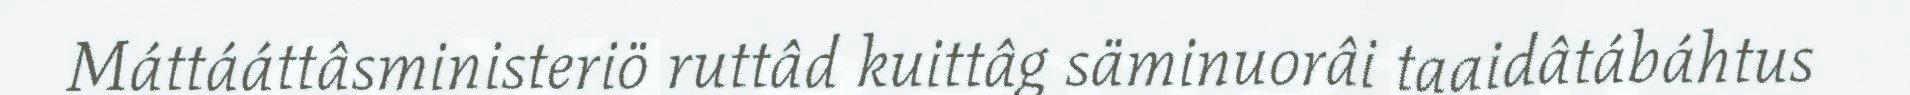
Máttááttâsministeriö ruttâd kuittâg säminuorâi taaidâtábáhtus